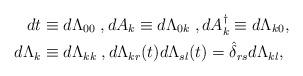
LaTeX: \begin{align*}dt & \equiv d\Lambda_{00} \; , dA_k \equiv d\Lambda_{0k} \; , dA^{\dagger}_k \equiv d\Lambda_{k0}, \\d\Lambda_{k} & \equiv d\Lambda_{kk} \; , d\Lambda_{kr}(t)d\Lambda_{sl}(t) = \hat{\delta}_{rs}d\Lambda_{kl},\end{align*}